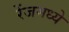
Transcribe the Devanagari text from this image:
रेंजमध्ये